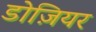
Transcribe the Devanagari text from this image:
डोज़ियर